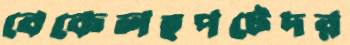
বেকেলহপটেদর